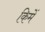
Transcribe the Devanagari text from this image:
किमें